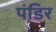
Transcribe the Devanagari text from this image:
पंडिर